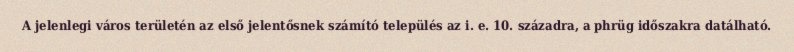
A jelenlegi város területén az első jelentősnek számító település az i. e. 10. századra, a phrüg időszakra datálható.